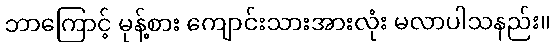
ဘာကြောင့် မုန့်စား ကျောင်းသားအားလုံး မလာပါသနည်း။